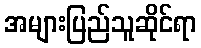
အများပြည်သူဆိုင်ရာ